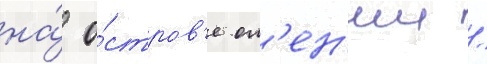
на́ о́стров'е ол'ен'ии /